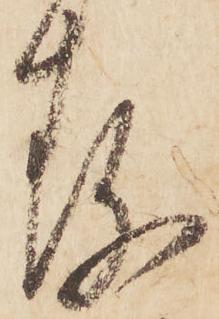
存